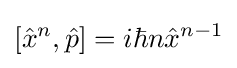
[{\hat {x}}^{n},{\hat {p}}]=i\hbar n{\hat {x}}^{n-1}